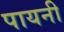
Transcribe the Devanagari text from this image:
पायनी